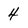
Character: 4